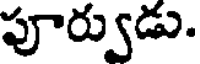
పూర్వుడు.